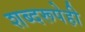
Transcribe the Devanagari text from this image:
शब्दरूपेही